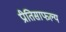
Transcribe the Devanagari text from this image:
प्रीतिसाफल्य